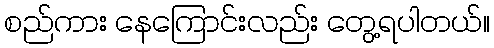
စည်ကား နေကြောင်းလည်း တွေ့ရပါတယ်။